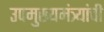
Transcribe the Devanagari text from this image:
उपमुख्यमंत्र्यांची